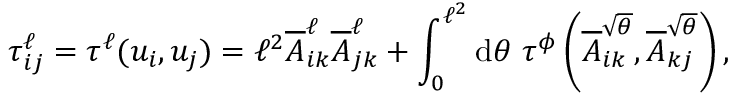
\tau _ { i j } ^ { \ell } = \tau ^ { \ell } ( u _ { i } , u _ { j } ) = \ell ^ { 2 } \overline { { A } } _ { i k } ^ { \ell } \overline { { A } } _ { j k } ^ { \ell } + \int _ { 0 } ^ { \ell ^ { 2 } } \mathrm { d } \theta ~ \tau ^ { \phi } \left( \overline { { A } } _ { i k } ^ { \sqrt { \theta } } , \overline { { A } } _ { k j } ^ { \sqrt { \theta } } \right) ,